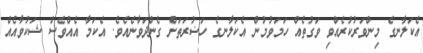
އެކަލާނގެ މިންވަރުކުރެއްވި ވަގުތެއް ހަމަވުމުން އެކަލާނގެ ހަޟުރަތަށް ގެންދަވާނެއެވެ. އެކަމާ އެއްވެސް ޝަކުވާއެއް